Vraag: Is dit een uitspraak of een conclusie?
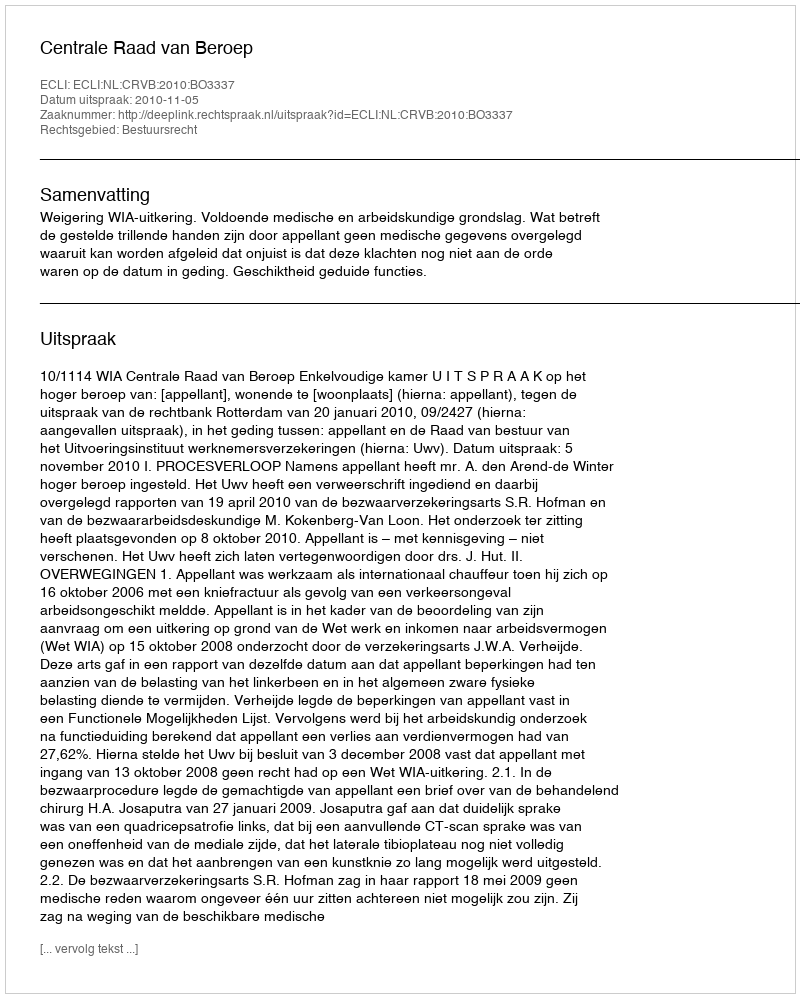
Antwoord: Uitspraak